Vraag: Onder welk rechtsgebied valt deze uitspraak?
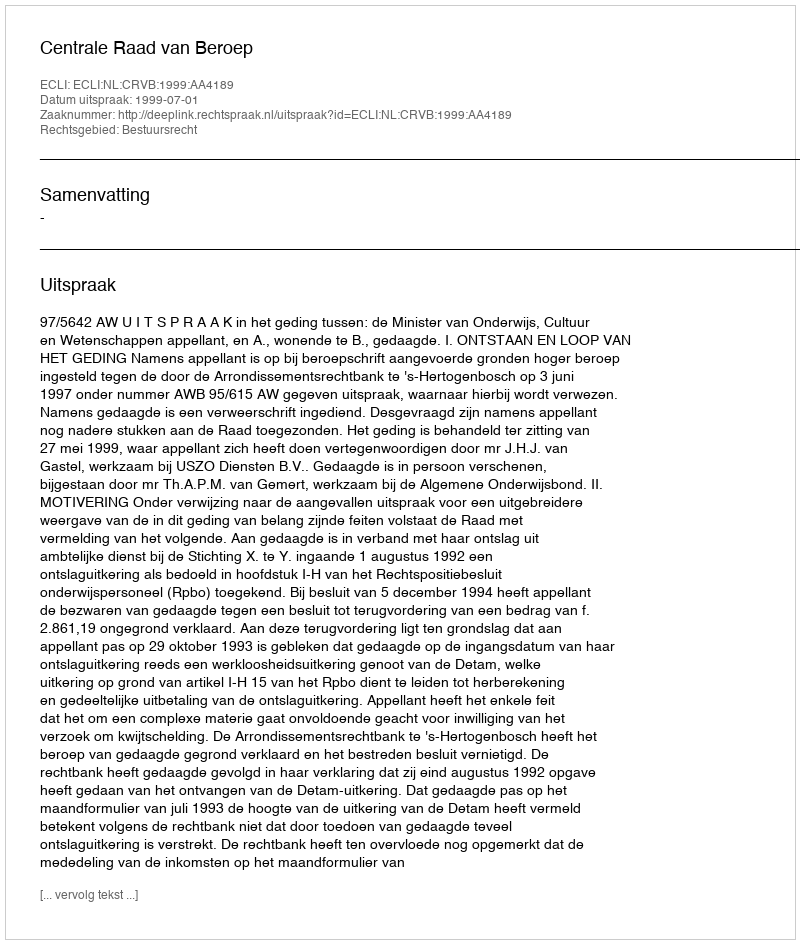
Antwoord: Bestuursrecht